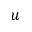
u